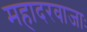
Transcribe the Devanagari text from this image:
महादरवाजाः